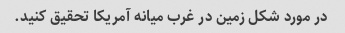
در مورد شکل زمین در غرب میانه آمریکا تحقیق کنید.